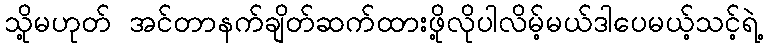
သို့မဟုတ် အင်တာနက်ချိတ်ဆက်ထားဖို့လိုပါလိမ့်မယ်ဒါပေမယ့်သင့်ရဲ့